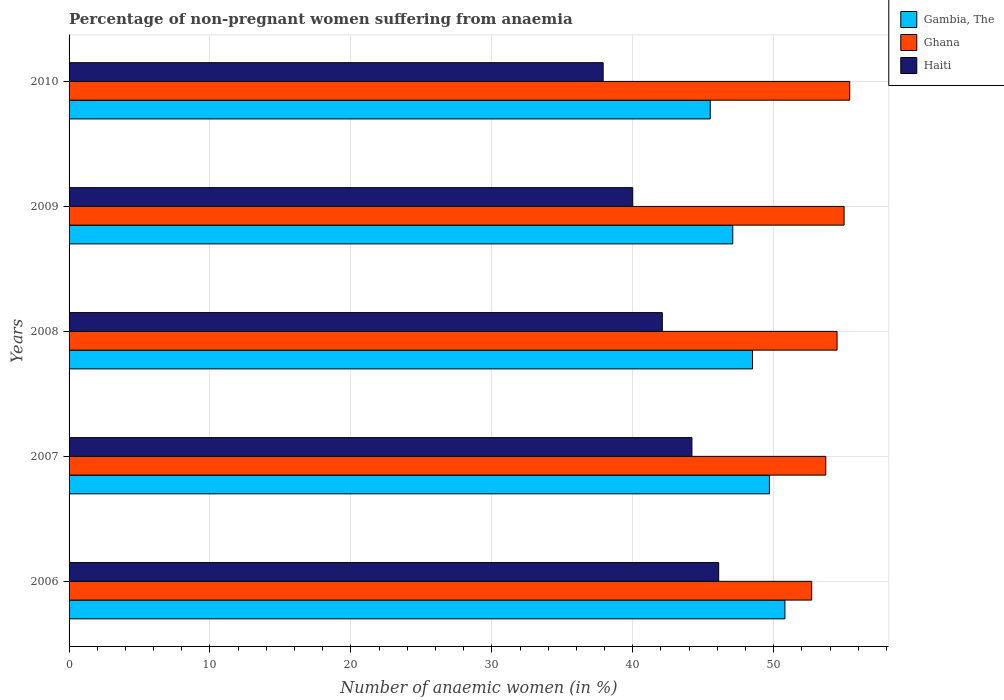
| Years | Gambia, The | Ghana | Haiti |
 | --- | --- | --- | --- |
 | 2006 | 50.8 | 52.7 | 46.1 |
 | 2007 | 49.7 | 53.7 | 44.2 |
 | 2008 | 48.5 | 54.5 | 42.1 |
 | 2009 | 47.1 | 55 | 40 |
 | 2010 | 45.5 | 55.4 | 37.9 |